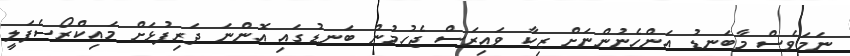
ނަމަވެސް މާބަނޑު އަންހެނުންނަށް ޒިކާ ވައިރަސް ޖެހުމުން ބަނޑުގައި އޮންނަ ދަރިފުޅަށް މައިކްރޯސެފަލީ